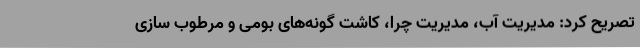
تصریح کرد: مدیریت آب، مدیریت چرا، کاشت گونه‌های بومی و مرطوب سازی